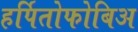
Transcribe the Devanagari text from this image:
हर्पितोफोबिअ